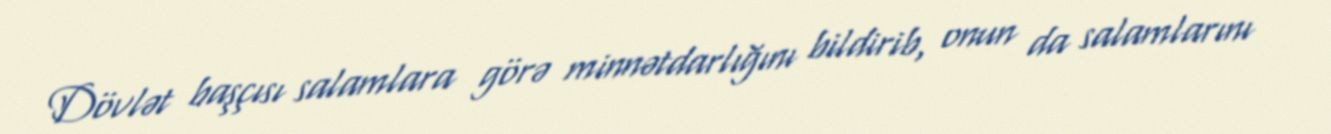
Dövlət başçısı salamlara görə minnətdarlığını bildirib, onun da salamlarını